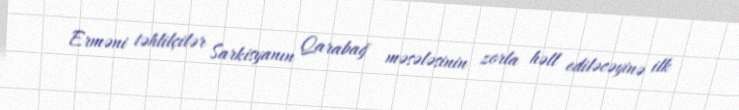
Erməni təhlilçilər Sarkisyanın Qarabağ məsələsinin zorla həll ediləcəyinə ilk